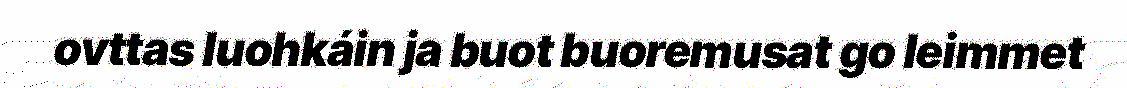
ovttas luohkáin ja buot buoremusat go leimmet